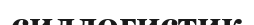
силлогистик